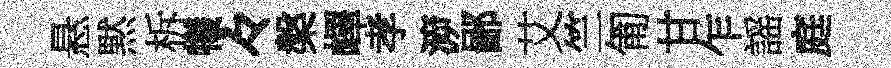
悬黙柝犧々槃嶧孝㴑鄙艾竺匍甘乍謡庭